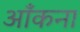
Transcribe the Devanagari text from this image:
आँकना